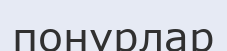
понурлар